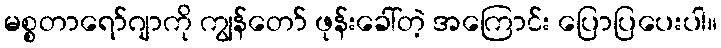
မစ္စတာရော်ဂျာကို ကျွန်တော် ဖုန်းခေါ်တဲ့ အကြောင်း ပြောပြပေးပါ။